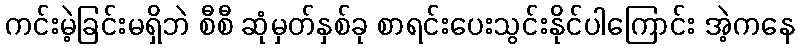
ကင်းမဲ့ခြင်းမရှိဘဲ စီစီ ဆုံမှတ်နှစ်ခု စာရင်းပေးသွင်းနိုင်ပါကြောင်း အဲ့ကနေ